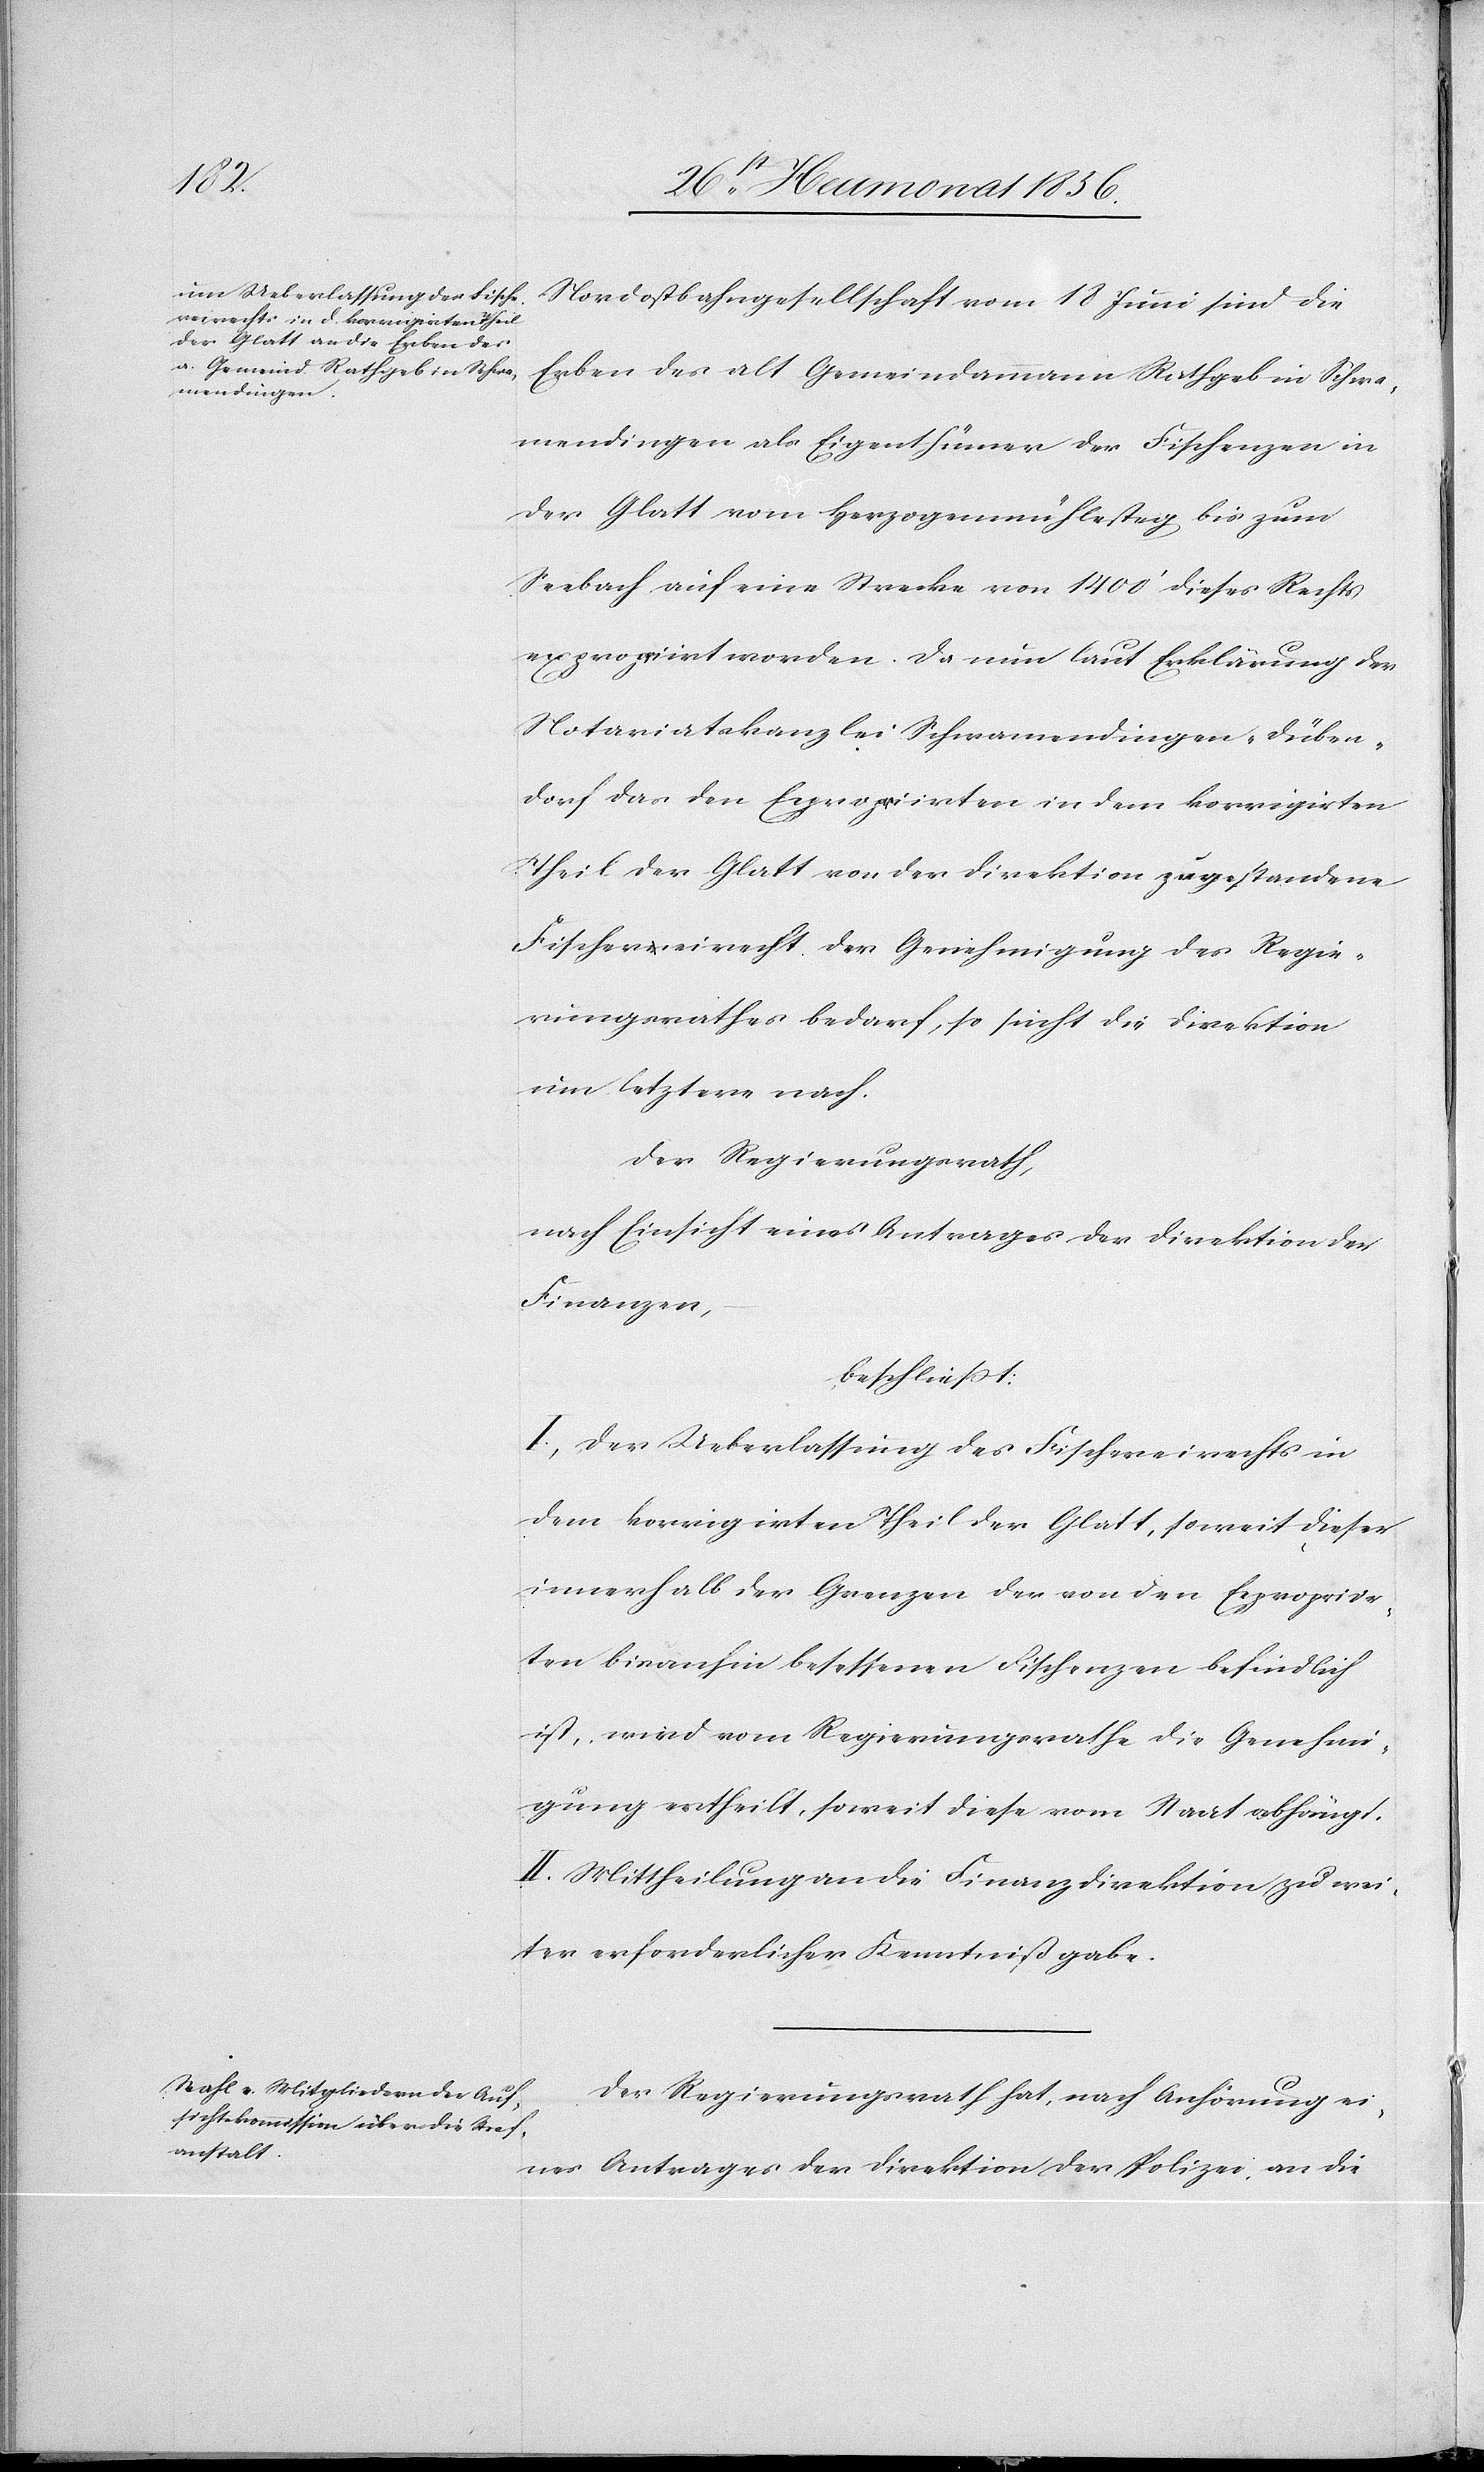
Nordostbahngesellschaft vom 18 Juni sind die
Erben des alt Gemeindammann Rathgeb in Schwa¬
mendingen als Eigenthümer der Fischenzen in
der Glatt vom Herzogenmühlesteg bis zum
Seebach auf eine Strecke von 1400' dieses Rechts
expropriirt worden. Da nun laut Erklärung der
Notariatskanzlei Schwamendingen-Düben¬
dorf das den Expropriirten in dem korrigirten
Theil der Glatt von der Direktion zugestandene
Fischereirecht der Genehmigung des Regie¬
rungsrathes bedarf, so sucht die Direktion
um letztere nach.
Der Regierungsrath,
nach Einsicht eines Antrages der Direktion der
Finanzen,
beschliesst:
I.) Der Ueberlassung des Fischereirechts in
dem korrigirten Theil der Glatt, soweit dieser
innerhalb der Grenzen der von den Expropriir¬
ten bisanhin besessenen Fischenzen befindlich
ist, wird vom Regierungsrathe die Genehmi¬
gung ertheilt, soweit diese vom Staat abhängt.
II.) Mittheilung an die Finanzdirektion zu wei¬
ter erforderlicher Kenntnißgabe.
Der Regierungsrath hat, nach Anhörung ei¬
nes Antrages der Direktion der Polizei, an die